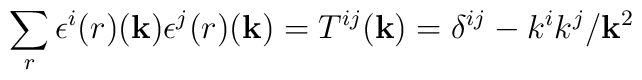
\sum_r \epsilon^i{(r)} ({\bf k}) \epsilon^j{(r)} ({\bf k}) = T^{ij}({\bf k}) = \delta^{ij} - k^i k^j /{\bf k}^2